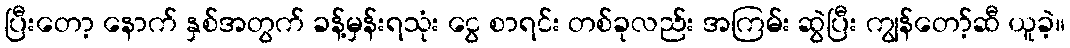
ပြီးတော့ နောက် နှစ်အတွက် ခန့်မှန်းရသုံး ငွေ စာရင်း တစ်ခုလည်း အကြမ်း ဆွဲပြီး ကျွန်တော့်ဆီ ယူခဲ့။